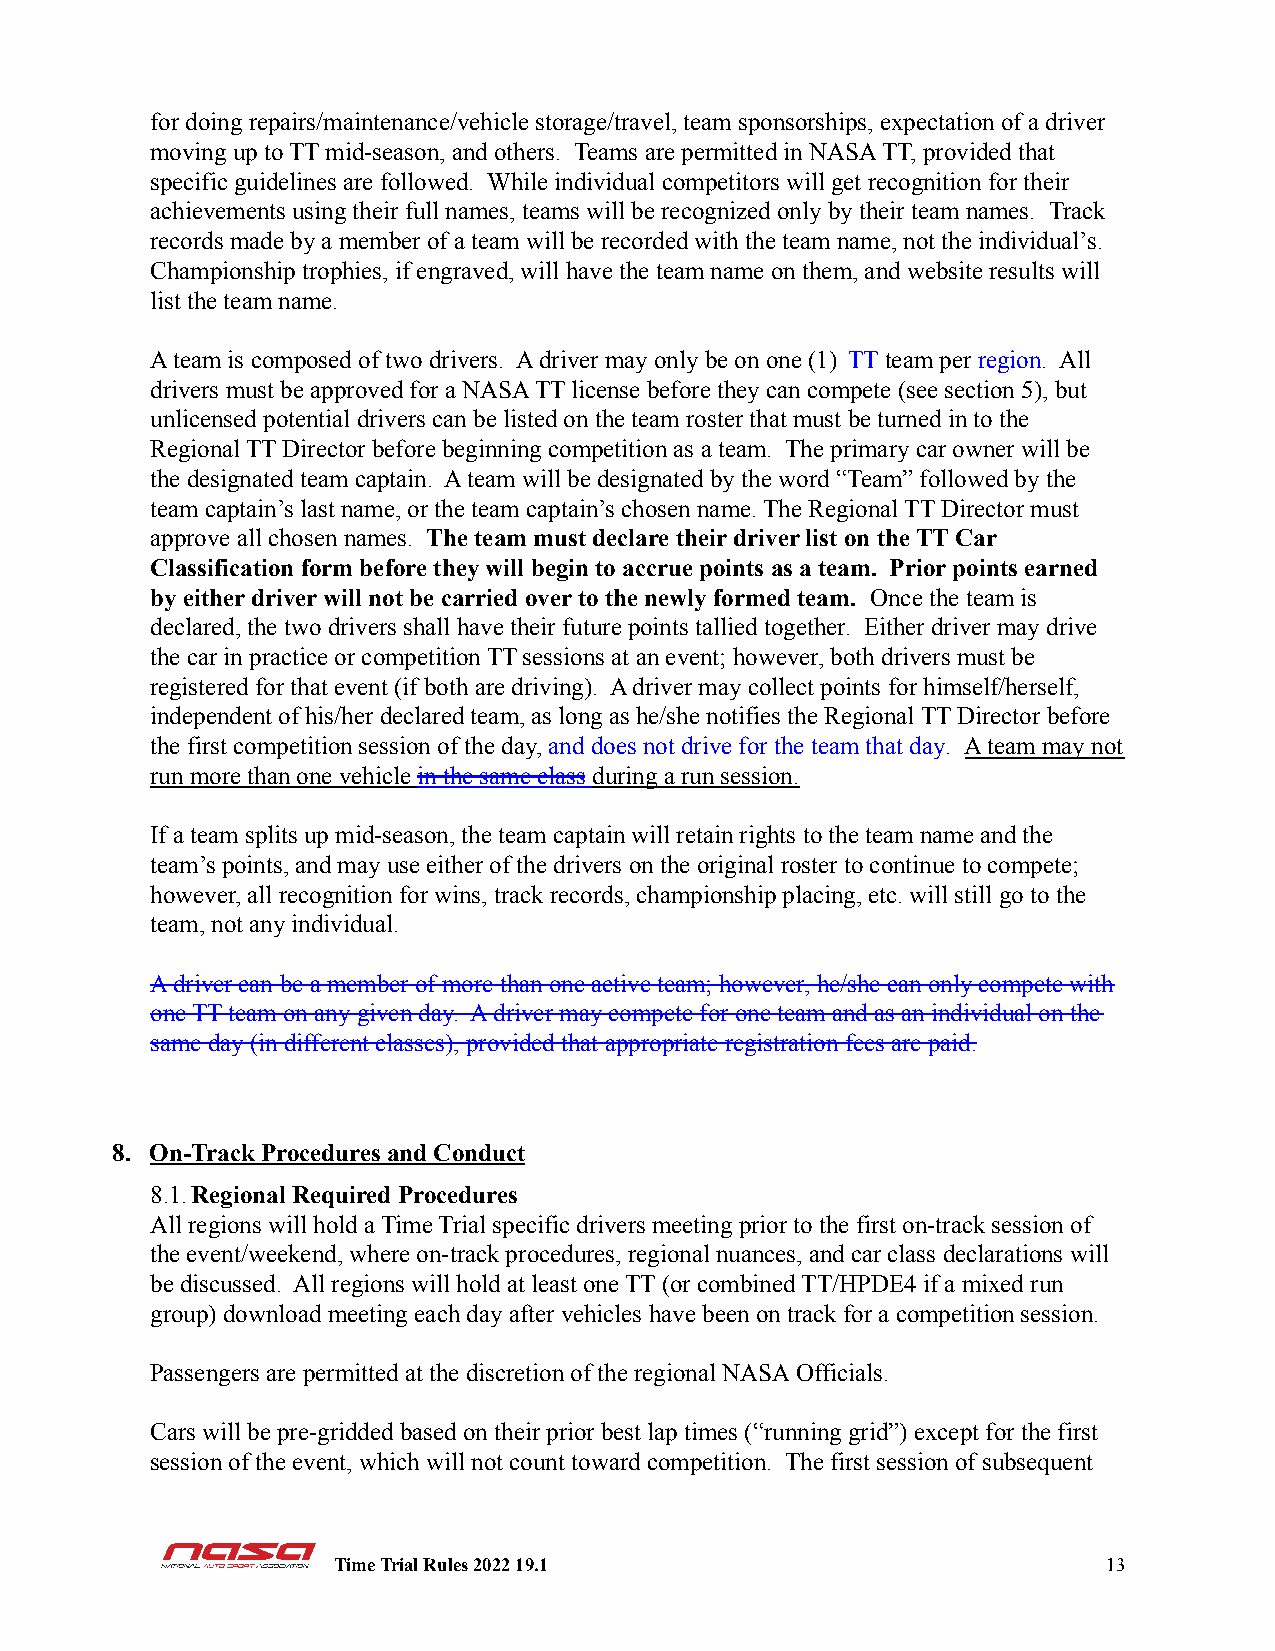
for doing repairs/maintenance/vehicle storage/travel, team sponsorships, expectation of a driver
 moving up to TT mid-season, and others. Teams are permitted in NASA TT, provided that
 specific guidelines are followed. While individual competitors will get recognition for their
 achievements using their full names, teams will be recognized only by their team names. Track
 records made by a member of a team will be recorded with the team name, not the individual’s.
 Championship trophies, if engraved, will have the team name on them, and website results will
 list the team name.
 A team is composed of two drivers. A driver may only be on one (1) TT team perregion. All
 drivers must be approved for a NASA TT license before they can compete (see section 5), but
 unlicensed potential drivers can be listed on the team roster that must be turned in to the
 Regional TT Director before beginning competition as a team. The primary car owner will be
 the designated team captain. A team will be designated by the word “Team” followed by the
 team captain’s last name, or the team captain’s chosen name. The Regional TT Director must
 approve all chosen names. The team must declare theirdriver list on the TT Car
 Classification form before they will begin to accrue points as a team. Prior points earned
 by either driver will not be carried over to the newly formed team. Once the team is
 declared, the two drivers shall have their future points tallied together. Either driver may drive
 the car in practice or competition TT sessions at an event; however, both drivers must be
 registered for that event (if both are driving). A driver may collect points for himself/herself,
 independent of his/her declared team, as long as he/she notifies the Regional TT Director before
 the first competition session of the day,and does not drive for the team that day. A team may not
 run more than one vehicle in the same classduringa run session.
 If a team splits up mid-season, the team captain will retain rights to the team name and the
 team’s points, and may use either of the drivers on the original roster to continue to compete;
 however, all recognition for wins, track records, championship placing, etc. will still go to the
 team, not any individual.
 A driver can be a member of more than one active team; however, he/she can only compete with
 one TT team on any given day. A driver may compete for one team and as an individual on the
 same day (in different classes), provided that appropriate registration fees are paid.
 8. On-Track Procedures and Conduct
 8.1.Regional Required Procedures
 All regions will hold a Time Trial specific drivers meeting prior to the first on-track session of
 the event/weekend, where on-track procedures, regional nuances, and car class declarations will
 be discussed. All regions will hold at least one TT (or combined TT/HPDE4 if a mixed run
 group) download meeting each day after vehicles have been on track for a competition session.
 Passengers are permitted at the discretion of the regional NASA Officials.
 Cars will be pre-gridded based on their prior best lap times (“running grid”) except for the first
 session of the event, which will not count toward competition. The first session of subsequent
 Time Trial Rules 2022 19.1                         13